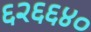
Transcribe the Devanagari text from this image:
६२६६४०